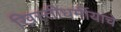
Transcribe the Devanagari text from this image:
ख्रिस्तीधर्मीयांचे